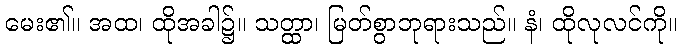
မေး၏။ အထ၊ ထိုအခါ၌။ သတ္ထာ၊ မြတ်စွာဘုရားသည်။ နံ၊ ထိုလုလင်ကို။